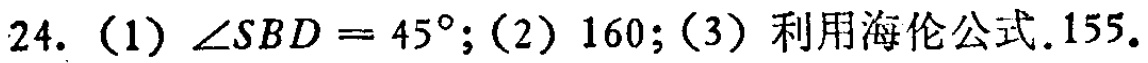
24.（1）\(\angle SBD = 45^{\circ}\);（2）160;（3）利用海伦公式.155.